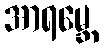
အာရမ္ဘေ